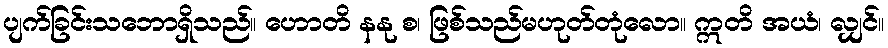
ပျက်ခြင်းသဘောရှိသည်။ ဟောတိ နနု စ၊ ဖြစ်သည်မဟုတ်တုံလော။ ဣတိ အယံ၊ လျှင်။